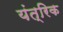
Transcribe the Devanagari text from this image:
यंत्रिक